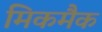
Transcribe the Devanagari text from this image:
मिकमैक